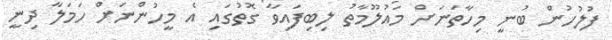
ފުލުހުން ބުނީ މިހާތަނަށް މައުލޫމާތު ލިބިފައިވާ ގޮތުގައި އެ މީހުންނަށް ހަމަލާ ދިނީ